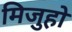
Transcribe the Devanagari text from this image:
मिजुहो